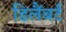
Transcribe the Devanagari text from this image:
डिलैंबर्ट